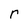
Character: r